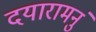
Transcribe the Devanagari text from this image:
दयारामनुं